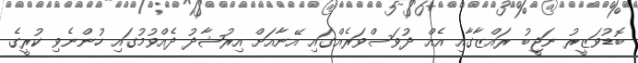
ބޮޑުވަޒީރު ނަޖީބު ރައްޒާގާއި އެއް ދުވަސްވަރެއްގައި އޭނާއަށް އިރުޝާދު ދެއްވުމުގައި ހުންނެވި ކުރީގެ